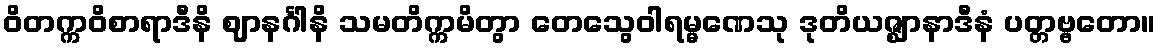
ဝိတက္ကဝိစာရာဒီနိ ဈာနင်္ဂါနိ သမတိက္ကမိတွာ တေသွေဝါရမ္မဏေသု ဒုတိယဇ္ဈာနာဒီနံ ပတ္တဗ္ဗတော။